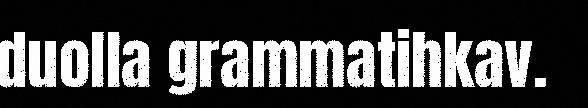
duolla grammatihkav.